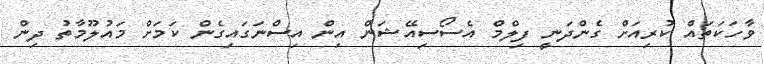
ވާހަކަތައް ކުރިއަށް ގެންދަނީ ފިލްމް އެސޯސިއޭޝަން އިން އިސްނަގައިގެން ކަމަށް މައުލޫމާތު ދިން